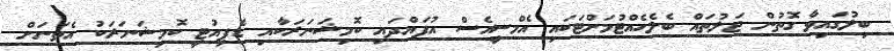
ބިލުގައިވާ ގޮތުން ޖަލުތައް ބެލެހެއްޓުމަށްޓަކައި އެމްސީއެސް އުފައްދައި ކޮމިޝަނަރަކާއި ޑެޕިއުޓީ ކޮމިޝަނަރަކު އެތަނަށް